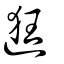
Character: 逛